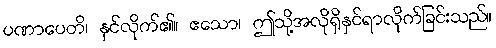
ပဏာပေတိ၊ နှင်လိုက်၏။ ဧသော၊ ဤသို့အလိုရှိနှင်ရာလိုက်ခြင်းသည်။